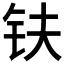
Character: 𫓧